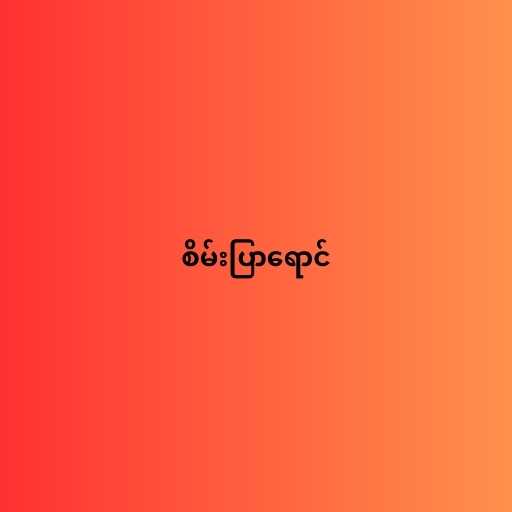
စိမ်းပြာရောင်